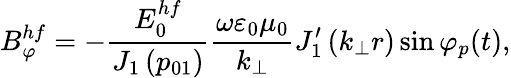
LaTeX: B_{\varphi}^{hf}=-\frac{E_{0}^{hf}}{J_{1}\left(p_{01}\right)}\frac{\omega\varepsilon_{0}\mu_{0}}{k_{\perp}}J_{1}^{\prime}\left(k_{\perp}r\right)\sin\varphi_{p}(t),